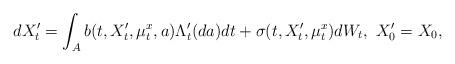
LaTeX: \begin{align*}dX'_t = \int_Ab(t,X'_t,\mu^x_t,a)\Lambda'_t(da)dt + \sigma(t,X'_t,\mu^x_t)dW_t, \ X'_0 = X_0, \end{align*}